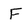
Character: F